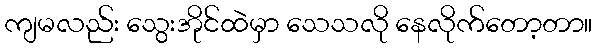
ကျမလည်း သွေးအိုင်ထဲမှာ သေသလို နေလိုက်တော့တာ။